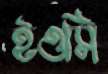
ইওসি